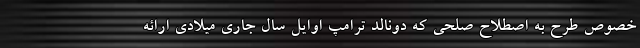
خصوص طرح به اصطلاح صلحی که دونالد ترامپ اوایل سال جاری میلادی ارائه